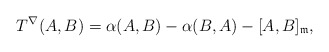
\begin{align*}T^{\nabla}(A,B)=\alpha (A,B)-\alpha (B,A)-[A,B]_\mathfrak{m},\end{align*}